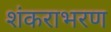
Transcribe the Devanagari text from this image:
शंकराभरण